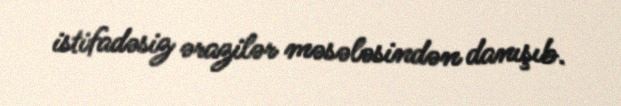
istifadəsiz ərazilər məsələsindən danışıb.